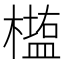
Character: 𰘵